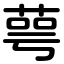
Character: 萼